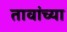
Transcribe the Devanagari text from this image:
तावांच्या